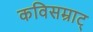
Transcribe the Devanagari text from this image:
कविसम्राट्